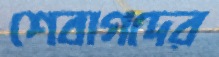
শেবাগদের